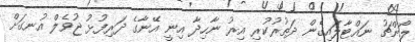
ލޯންޗު ނައްޓާލައިގެން ދަތުރުކުރި އިރު ނާހިދާ އިނީ އޭނާގެ ދަރިފުޅު ޖުވެލް އުނގަށް